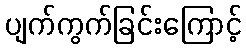
ပျက်ကွက်ခြင်းကြောင့်